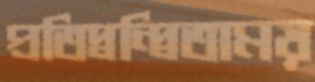
প্রতিদ্বন্দ্বিতাময়